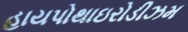
હાયપોથાઇરોડીઝમ